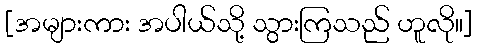
[အများကား အပါယ်သို့ သွားကြသည် ဟူလို။]